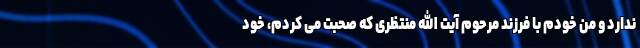
ندارد و من خودم با فرزند مرحوم آیت الله منتظری که صحبت می کردم، خود